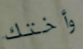
وأختك